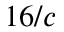
1 6 / c